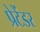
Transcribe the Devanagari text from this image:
प्रेटेंडर